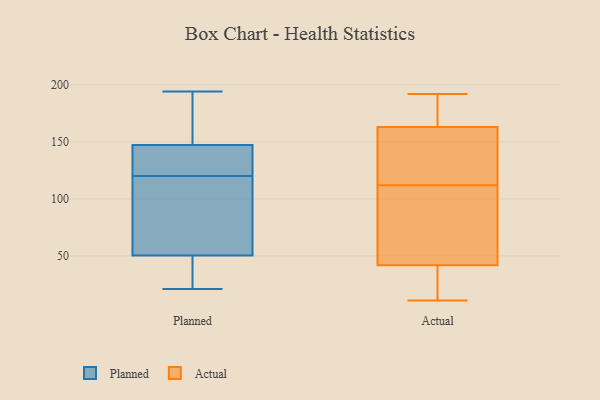
{"axis": {"x": "Budget (USD K)", "y": "Value"}, "legend": ["Actual", "Planned"], "data": [{"x": "", "y": 116, "type": "Planned"}, {"x": "", "y": 149, "type": "Planned"}, {"x": "", "y": 26, "type": "Planned"}, {"x": "", "y": 47, "type": "Planned"}, {"x": "", "y": 180, "type": "Planned"}, {"x": "", "y": 120, "type": "Planned"}, {"x": "", "y": 142, "type": "Planned"}, {"x": "", "y": 124, "type": "Planned"}, {"x": "", "y": 70, "type": "Planned"}, {"x": "", "y": 122, "type": "Planned"}, {"x": "", "y": 36, "type": "Planned"}, {"x": "", "y": 21, "type": "Planned"}, {"x": "", "y": 194, "type": "Planned"}, {"x": "", "y": 60, "type": "Planned"}, {"x": "", "y": 178, "type": "Planned"}, {"x": "", "y": 188, "type": "Actual"}, {"x": "", "y": 41, "type": "Actual"}, {"x": "", "y": 21, "type": "Actual"}, {"x": "", "y": 190, "type": "Actual"}, {"x": "", "y": 44, "type": "Actual"}, {"x": "", "y": 27, "type": "Actual"}, {"x": "", "y": 22, "type": "Actual"}, {"x": "", "y": 49, "type": "Actual"}, {"x": "", "y": 157, "type": "Actual"}, {"x": "", "y": 112, "type": "Actual"}, {"x": "", "y": 114, "type": "Actual"}, {"x": "", "y": 11, "type": "Actual"}, {"x": "", "y": 172, "type": "Actual"}, {"x": "", "y": 47, "type": "Actual"}, {"x": "", "y": 147, "type": "Actual"}, {"x": "", "y": 47, "type": "Actual"}, {"x": "", "y": 138, "type": "Actual"}, {"x": "", "y": 192, "type": "Actual"}, {"x": "", "y": 165, "type": "Actual"}]}